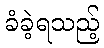
ခံခဲ့ရသည့်